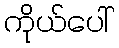
ကိုယ်ပေါ်